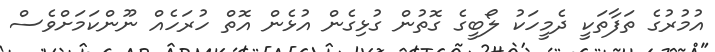
އުމުރުގެ ތަފާތަކީ ދެމީހަކު ލޯބީގެ ގޮތުން ގުޅިގެން އުޅެން އޮތް ހުރަހެއް ނޫންކަމަށްވެސް